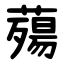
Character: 薚